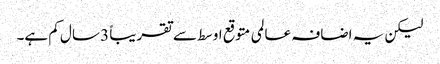
لیکن یہ اضافہ عالمی متوقع اوسط سے تقریباً 3 سال کم ہے۔